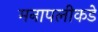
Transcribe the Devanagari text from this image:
मनापलीकडे